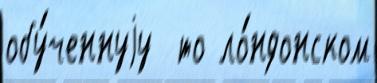
обу́ченнуjу  то ло́ндонском